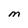
Character: M